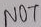
Text: NOT